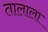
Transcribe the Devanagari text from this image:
तालाला